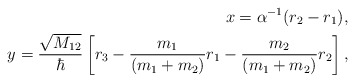
\begin{align*} x =\alpha^{-1} (r_2 - r_1 ) , \\y = \frac{\sqrt{M_{12}}}{\hbar} \left[ r_3 - \frac{m_1}{(m_1 + m_2)} r_1 - \frac{m_2}{(m_1 + m_2)} r_2\right] , \end{align*}